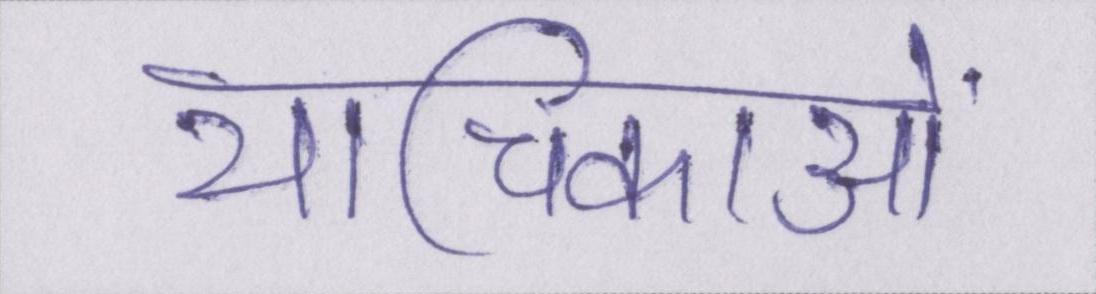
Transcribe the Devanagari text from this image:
याचिकाओं